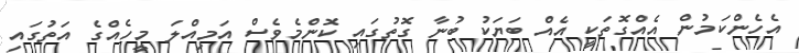
އެހެންކަމުން އެއްގޮތަކީ އެއް ބަޔަކު ބުނާ ގޮތުގައި ކޮންމެވެސް އަމިއްލަ މީހެއްގެ އަތުގައި